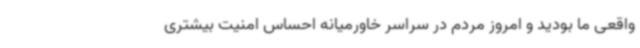
واقعی ما بودید و امروز مردم در سراسر خاورمیانه احساس امنیت بیشتری